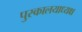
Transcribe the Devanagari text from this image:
पुस्कालयाध्यक्ष